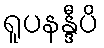
ရူပနန္ဒီပိ